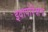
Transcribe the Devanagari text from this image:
इवापोरेशन